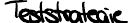
Teststrategie